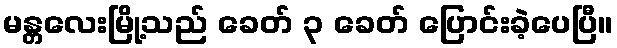
မန္တလေးမြို့သည် ခေတ် ၃ ခေတ် ပြောင်းခဲ့ပေပြီ။